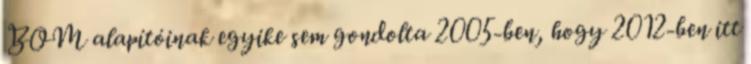
BOM alapítóinak egyike sem gondolta 2005-ben, hogy 2012-ben itt